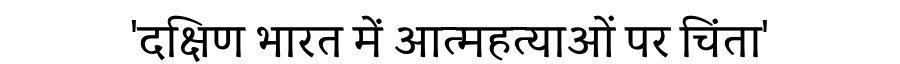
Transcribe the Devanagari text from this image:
'दक्षिण भारत में आत्महत्याओं पर चिंता'